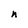
Character: n